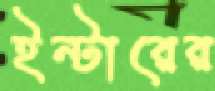
ইন্টারের